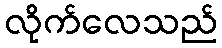
လိုက်လေသည်